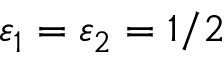
\varepsilon _ { 1 } = \varepsilon _ { 2 } = 1 / 2